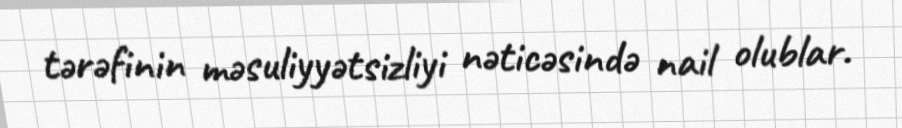
tərəfinin məsuliyyətsizliyi nəticəsində nail olublar.